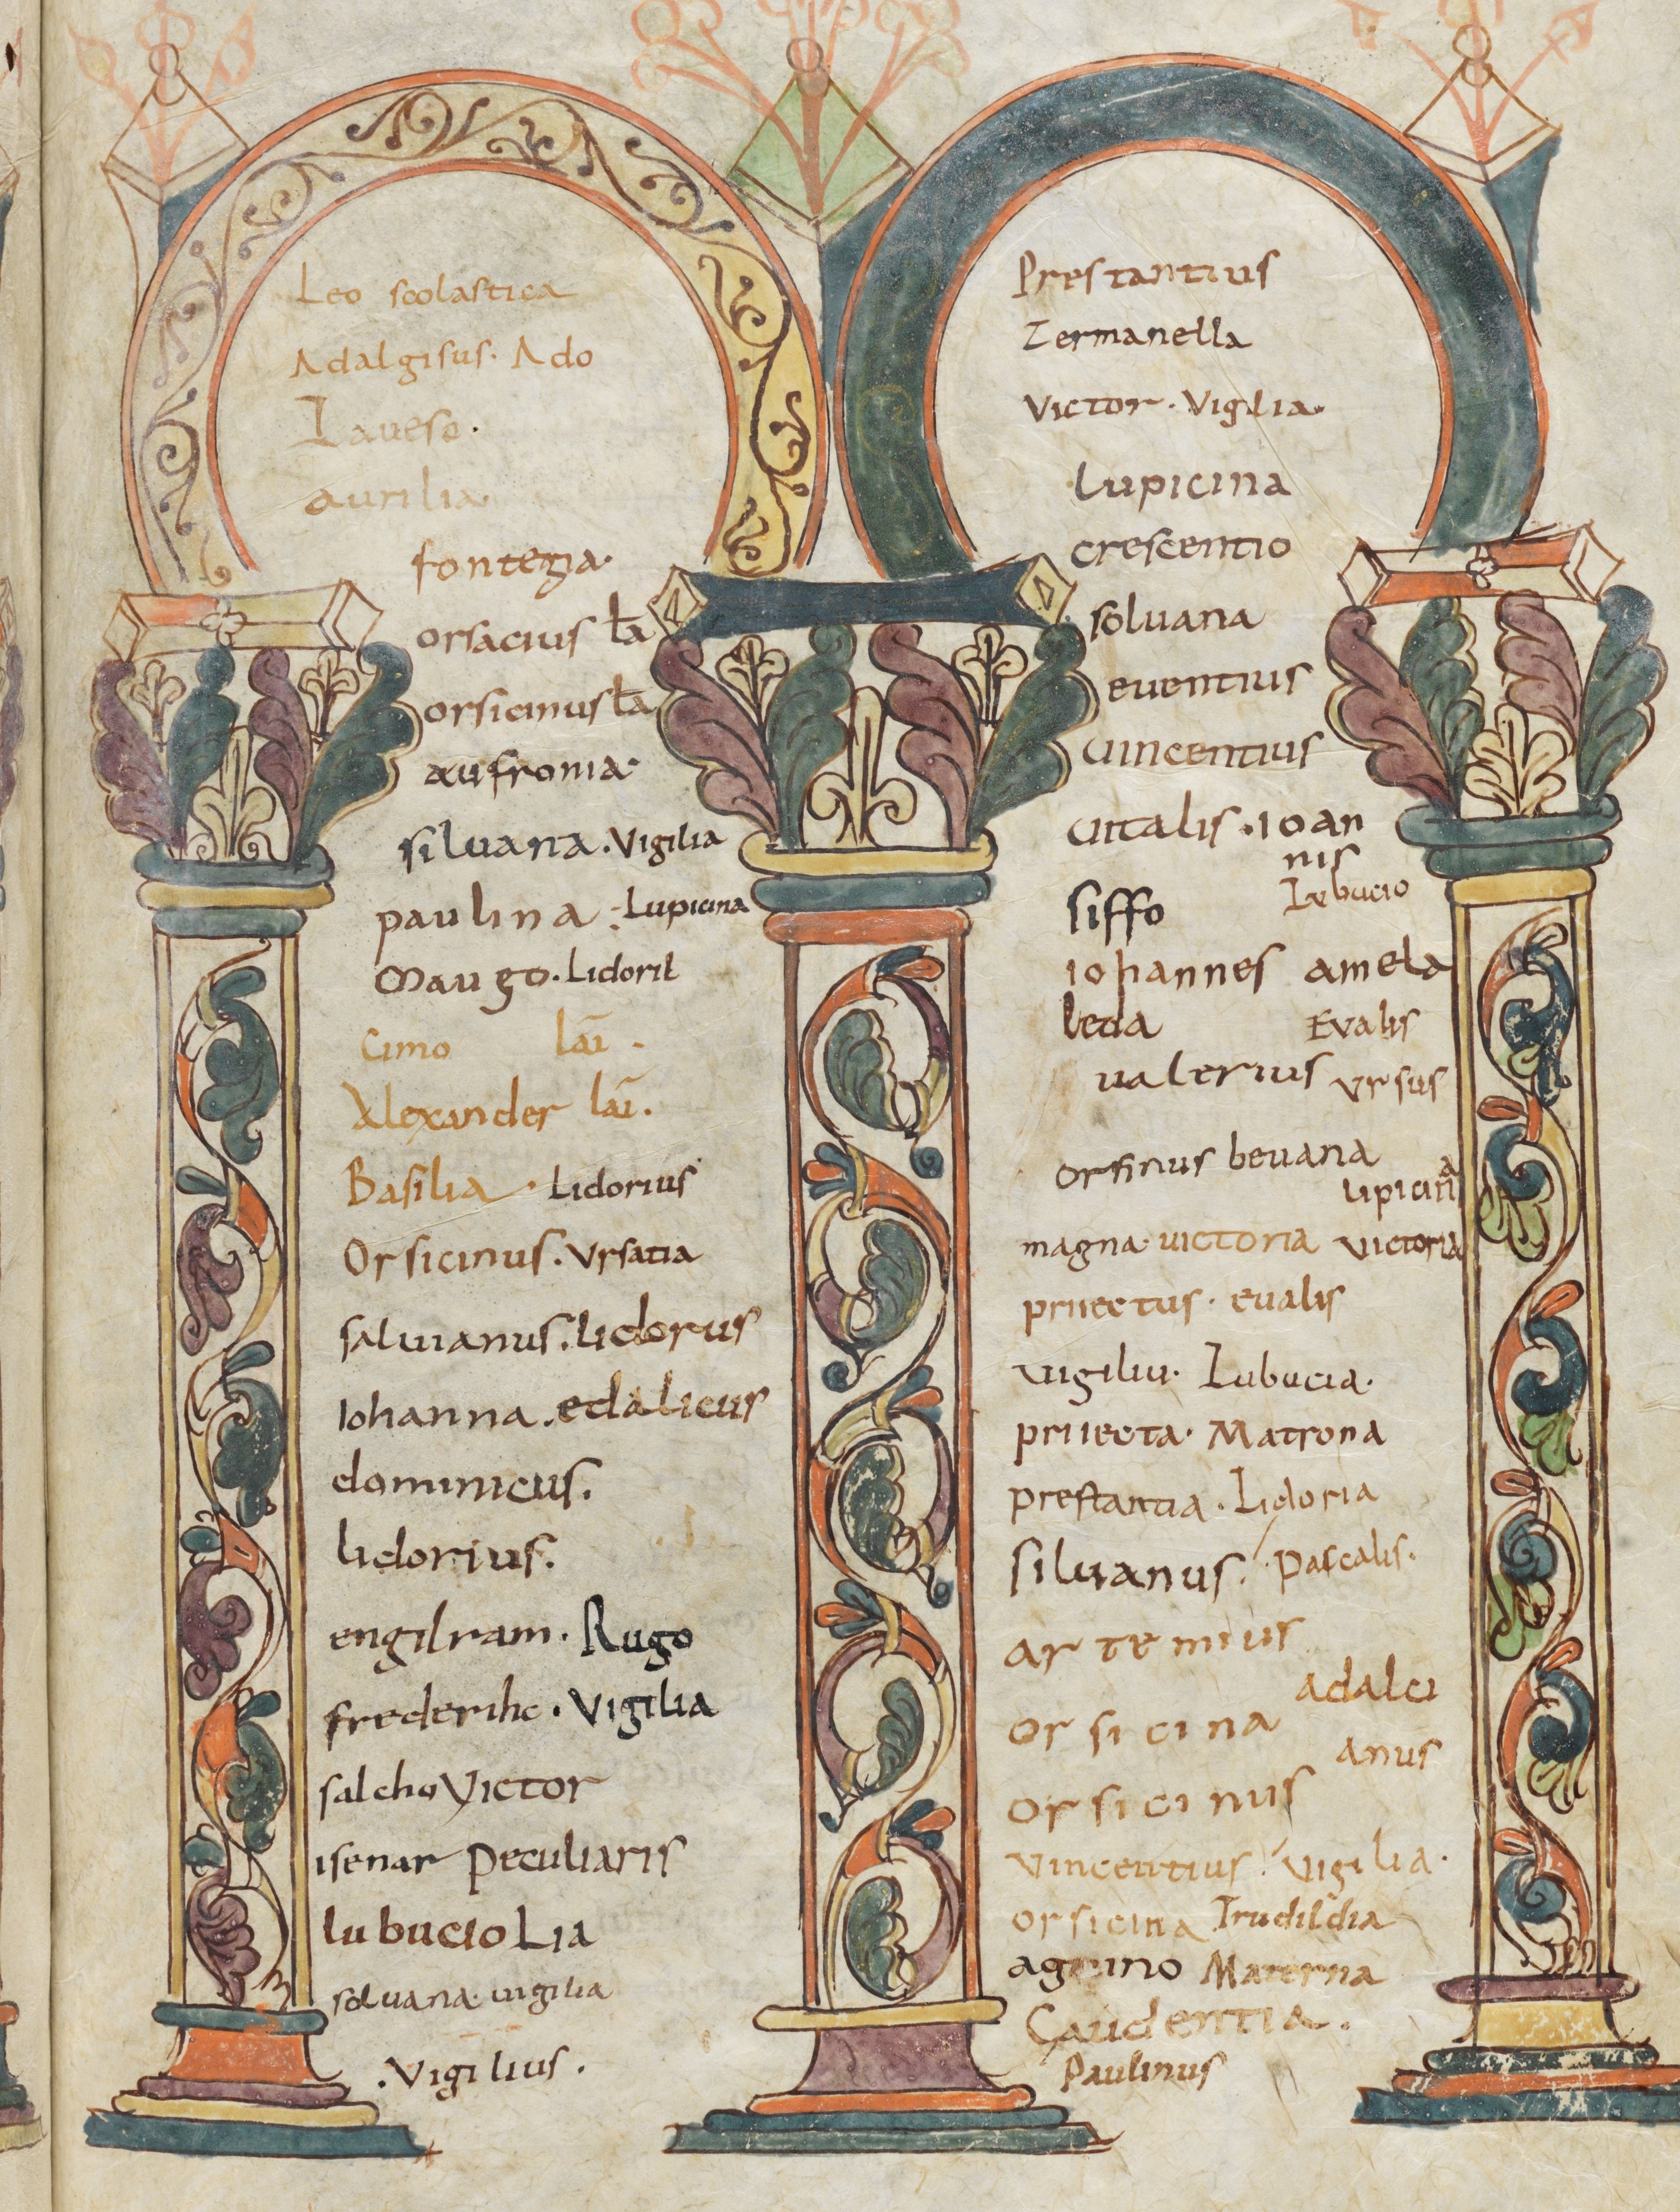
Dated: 800–1399